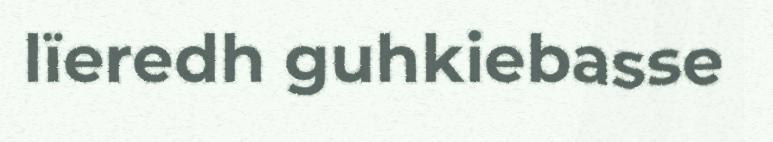
lïeredh guhkiebasse